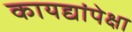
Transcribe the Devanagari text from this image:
कायद्यांपेक्षा